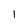
Character: 1